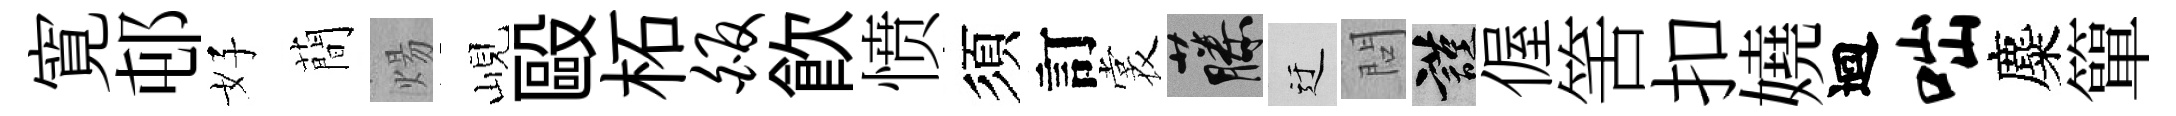
寛邨好蕳煬峴毆柘皈飮愤須訂裳藤迂問謹偓筈扣嬈迴咄麋簞